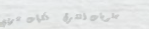
حلويات الشرق   نكهات عربي